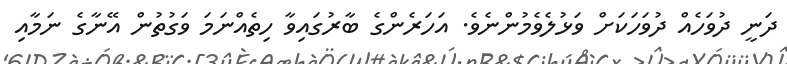
ދަނީ ދުވަހެއް ދުވަހަކަށް ވަޅުލެވެމުންނެވެ. އަހަރެންގެ ބާރުގައިވާ ހިތެއްނަމަ ވަގުތުން އޭނާގެ ނަމާއި